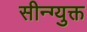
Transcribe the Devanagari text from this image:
सीन्ग्युक्त